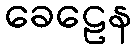
ခေဠေန